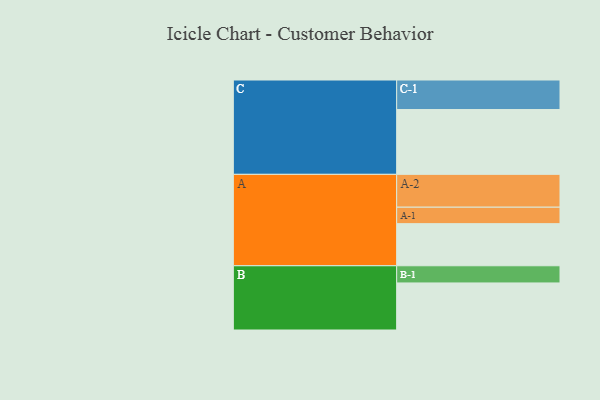
{"axis": {"x": "Segment", "y": "Value"}, "legend": ["", "A", "B", "C"], "data": [{"x": "A", "y": 355, "type": ""}, {"x": "B", "y": 397, "type": ""}, {"x": "C", "y": 547, "type": ""}, {"x": "A-1", "y": 139, "type": "A"}, {"x": "A-2", "y": 277, "type": "A"}, {"x": "B-1", "y": 145, "type": "B"}, {"x": "C-1", "y": 249, "type": "C"}]}